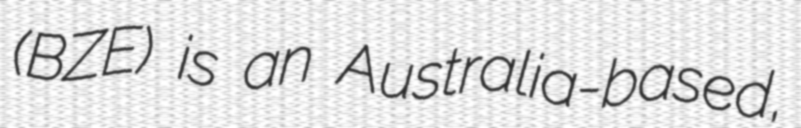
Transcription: (BZE) is an Australia-based,